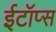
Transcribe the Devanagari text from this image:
ईटॉप्स